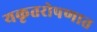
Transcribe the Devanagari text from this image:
यकृतरोपणात